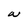
Character: W